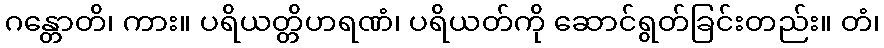
ဂန္တောတိ၊ ကား။ ပရိယတ္တိဟရဏံ၊ ပရိယတ်ကို ဆောင်ရွတ်ခြင်းတည်း။ တံ၊